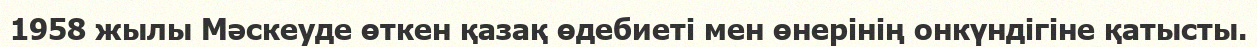
1958 жылы Мәскеуде өткен қазақ өдебиеті мен өнерінің онкүндігіне қатысты.